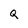
Character: Q